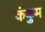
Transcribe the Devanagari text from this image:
कंकुम